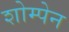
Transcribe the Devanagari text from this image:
शोम्पेन